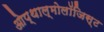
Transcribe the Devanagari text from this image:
ओप्थाल्मोलॉजिस्ट